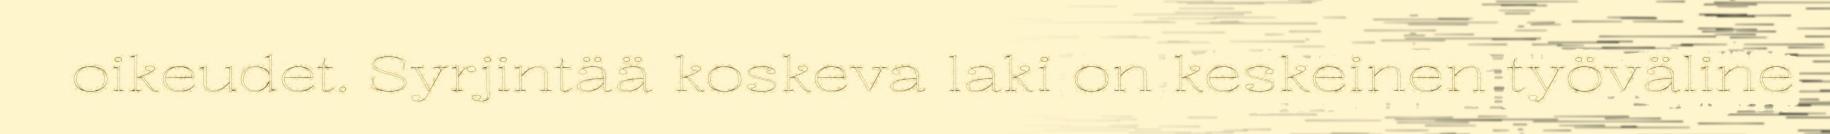
oikeudet. Syrjintää koskeva laki on keskeinen työväline